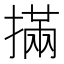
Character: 㨺